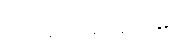
အုပ်ချုပ်ရေးမှူးထံမှ